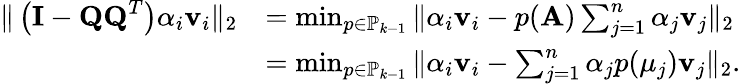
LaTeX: \begin{array}{rl}{\| \left(\mathbf{I}-\mathbf{QQ}^{T}\right)\alpha_{i}\mathbf{v}_{i}\| _{2}}&{=\operatorname*{min}_{p\in\mathbb{P}_{k-1}}\| \alpha_{i}\mathbf{v}_{i}-p(\mathbf{A})\sum_{j=1}^{n}\alpha_{j}\mathbf{v}_{j}\| _{2}}\\ &{=\operatorname*{min}_{p\in\mathbb{P}_{k-1}}\| \alpha_{i}\mathbf{v}_{i}-\sum_{j=1}^{n}\alpha_{j}p(\mu_{j})\mathbf{v}_{j}\| _{2}.}\end{array}